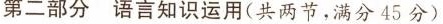
第二部分语言知识运用(共两节，满分45分)